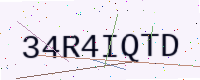
Text: 34R4IQTD